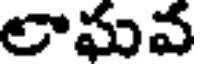
లాఘవ